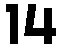
14